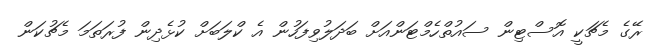
ރޭގެ މެޗަކީ އޮސްޓިން ސައުތްހެމްޓަންއަށް ބަދަލުވިފަހުން އެ ކްލަބަށް ކުޅެދިން ފުރަތަމަ މެޗުކަން